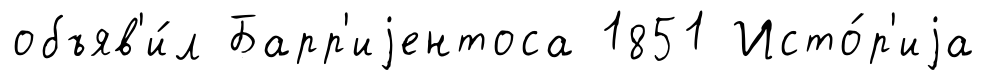
объяв'и́л Барр'иjентоса 1851 Исто́р'иjа